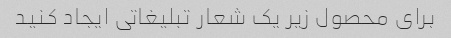
برای محصول زیر یک شعار تبلیغاتی ایجاد کنید